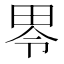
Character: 𱰮